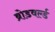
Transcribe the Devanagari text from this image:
ब्रोडवर्ल्ड